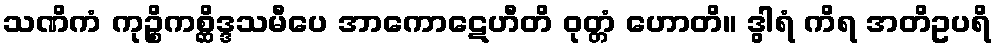
သဏိကံ ကုဉ္စိကစ္ဆိဒ္ဒသမီပေ အာကောဋေဟီတိ ဝုတ္တံ ဟောတိ။ ဒွါရံ ကိရ အတိဥပရိ